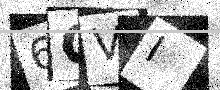
Text: 6CVI